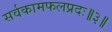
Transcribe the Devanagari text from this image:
सर्वकामफलप्रदः॥३॥